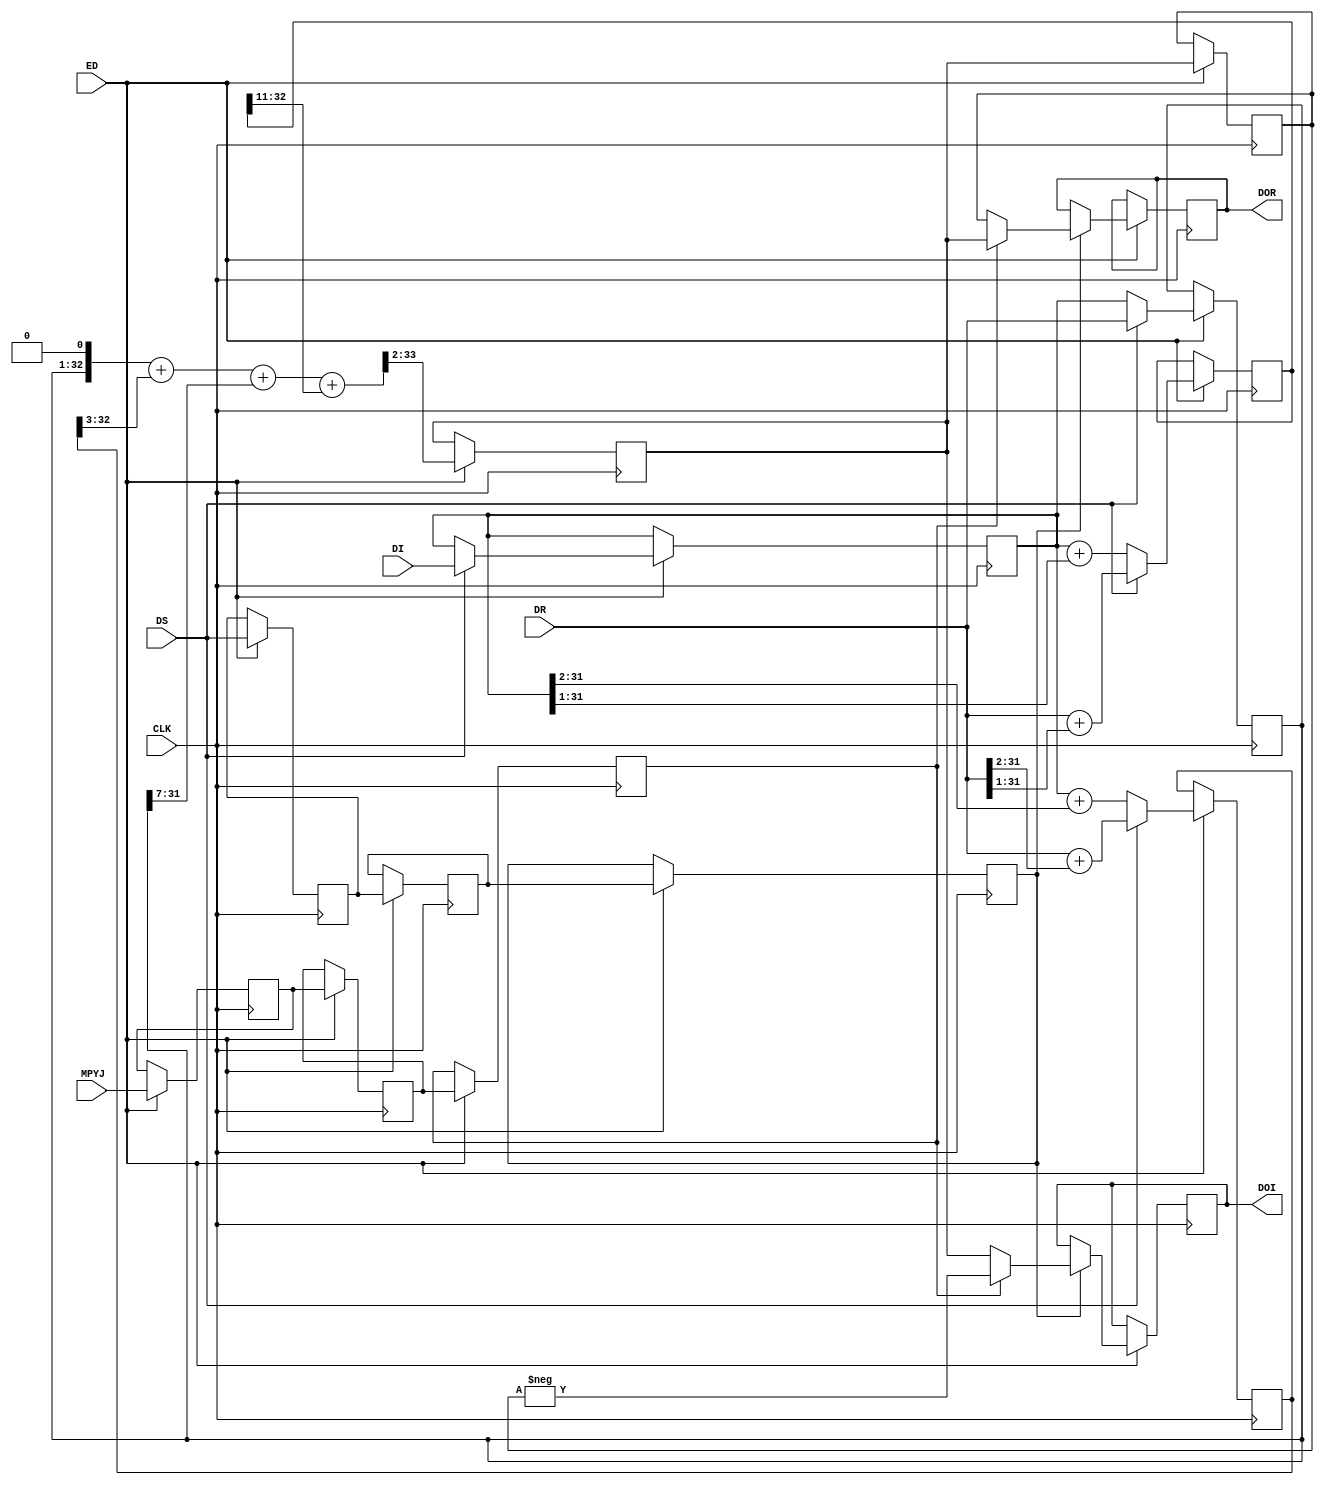
module MPUC541 ( CLK,DS ,ED, MPYJ,DR,DI ,DOR ,DOI  );
parameter total_bits = 32;	
	input CLK ;
	wire CLK ;
	input DS ;
	wire DS ;
	input ED; 					
	input MPYJ ;				
	wire MPYJ ;
	input [total_bits-1:0] DR ;
	wire signed [total_bits-1:0] DR ;
	input [total_bits-1:0] DI ;
	wire signed [total_bits-1:0] DI ;	   
	output [total_bits-1:0] DOR ;
	reg [total_bits-1:0] DOR ;	
	output [total_bits-1:0] DOI ;
	reg [total_bits-1:0] DOI ;	 
	reg signed [total_bits :0] dx5;	 
	reg signed [total_bits :0] dx3;	 
	reg signed [total_bits-1 :0] dii;	 
	reg signed	[total_bits-1 : 0] dt;		   
	wire signed [total_bits+1 : 0]  dx5p; 
	wire  signed  [total_bits+1 : 0] dot;	
	reg edd,edd2, edd3;        		
	reg mpyjd,mpyjd2,mpyjd3;
	reg [total_bits-1:0] doo ;	
	reg [total_bits-1:0] droo ;	
	always @(posedge CLK)
		begin
			if (ED) begin	  
					edd<=DS;
					edd2<=edd;	
					edd3<=edd2;	
					mpyjd<=MPYJ;
					mpyjd2<=mpyjd;
					mpyjd3<=mpyjd2;					
					if (DS)	 begin				   		
							dx5<=DR+(DR >>>2);	 
							dx3<=DR+(DR >>>1);	 
							dt<=DR;	  
							dii<=DI;
						end
					else	 begin
							dx5<=dii+(dii >>>2);	 
							dx3<=dii +(dii >>>1);	 
							dt<=dii;
						end
					doo<=dot >>>2;	
					droo<=doo;	
					if (edd3) 	 
						if (mpyjd3) begin
								DOR<=doo;
							DOI<= - droo; end
						else begin
								DOR<=droo;
							DOI<=  doo; end					
				end 
		end		
	assign	dx5p=(dt<<1)+(dx5>>>3);		
	assign   dot=	(dx5p+(dt>>>7) +(dx3>>>11));
endmodule